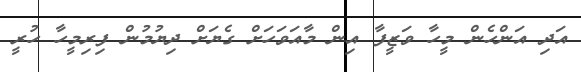
އަދި އަންހެން މީހާ ވަޒީފާ އިން މާއަވަހަށް ގެޔަށް ދިޔުމުން ފިރިމީހާ ހުރީ